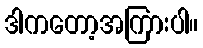
ဒါကတော့အကြားပါ။